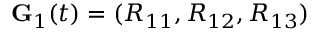
{ \bf G } _ { 1 } ( t ) = ( R _ { 1 1 } , R _ { 1 2 } , R _ { 1 3 } )